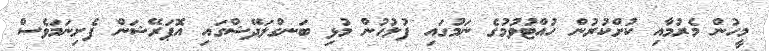
މީހުން މެރުމާއި ކުށްކުރުން ހުއްޓުވުމުގެ ނަމުގައި ފުލުހުން މުޅި ބަނގްލަދޭޝްގައި އޮޕަރޭޝަން ފެށިނަމަވެސް